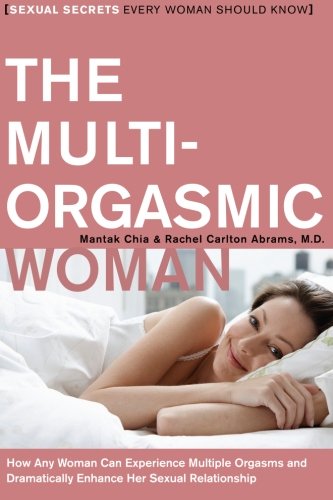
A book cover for The Multi-Orgasmic Woman: Sexual Secrets Every Woman Should Know (Plus); Mantak Chia; Health, Fitness & Dieting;